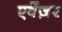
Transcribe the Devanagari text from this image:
एवेंज़र